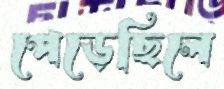
পেড়েছিলে